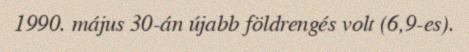
1990. május 30-án újabb földrengés volt (6,9-es).